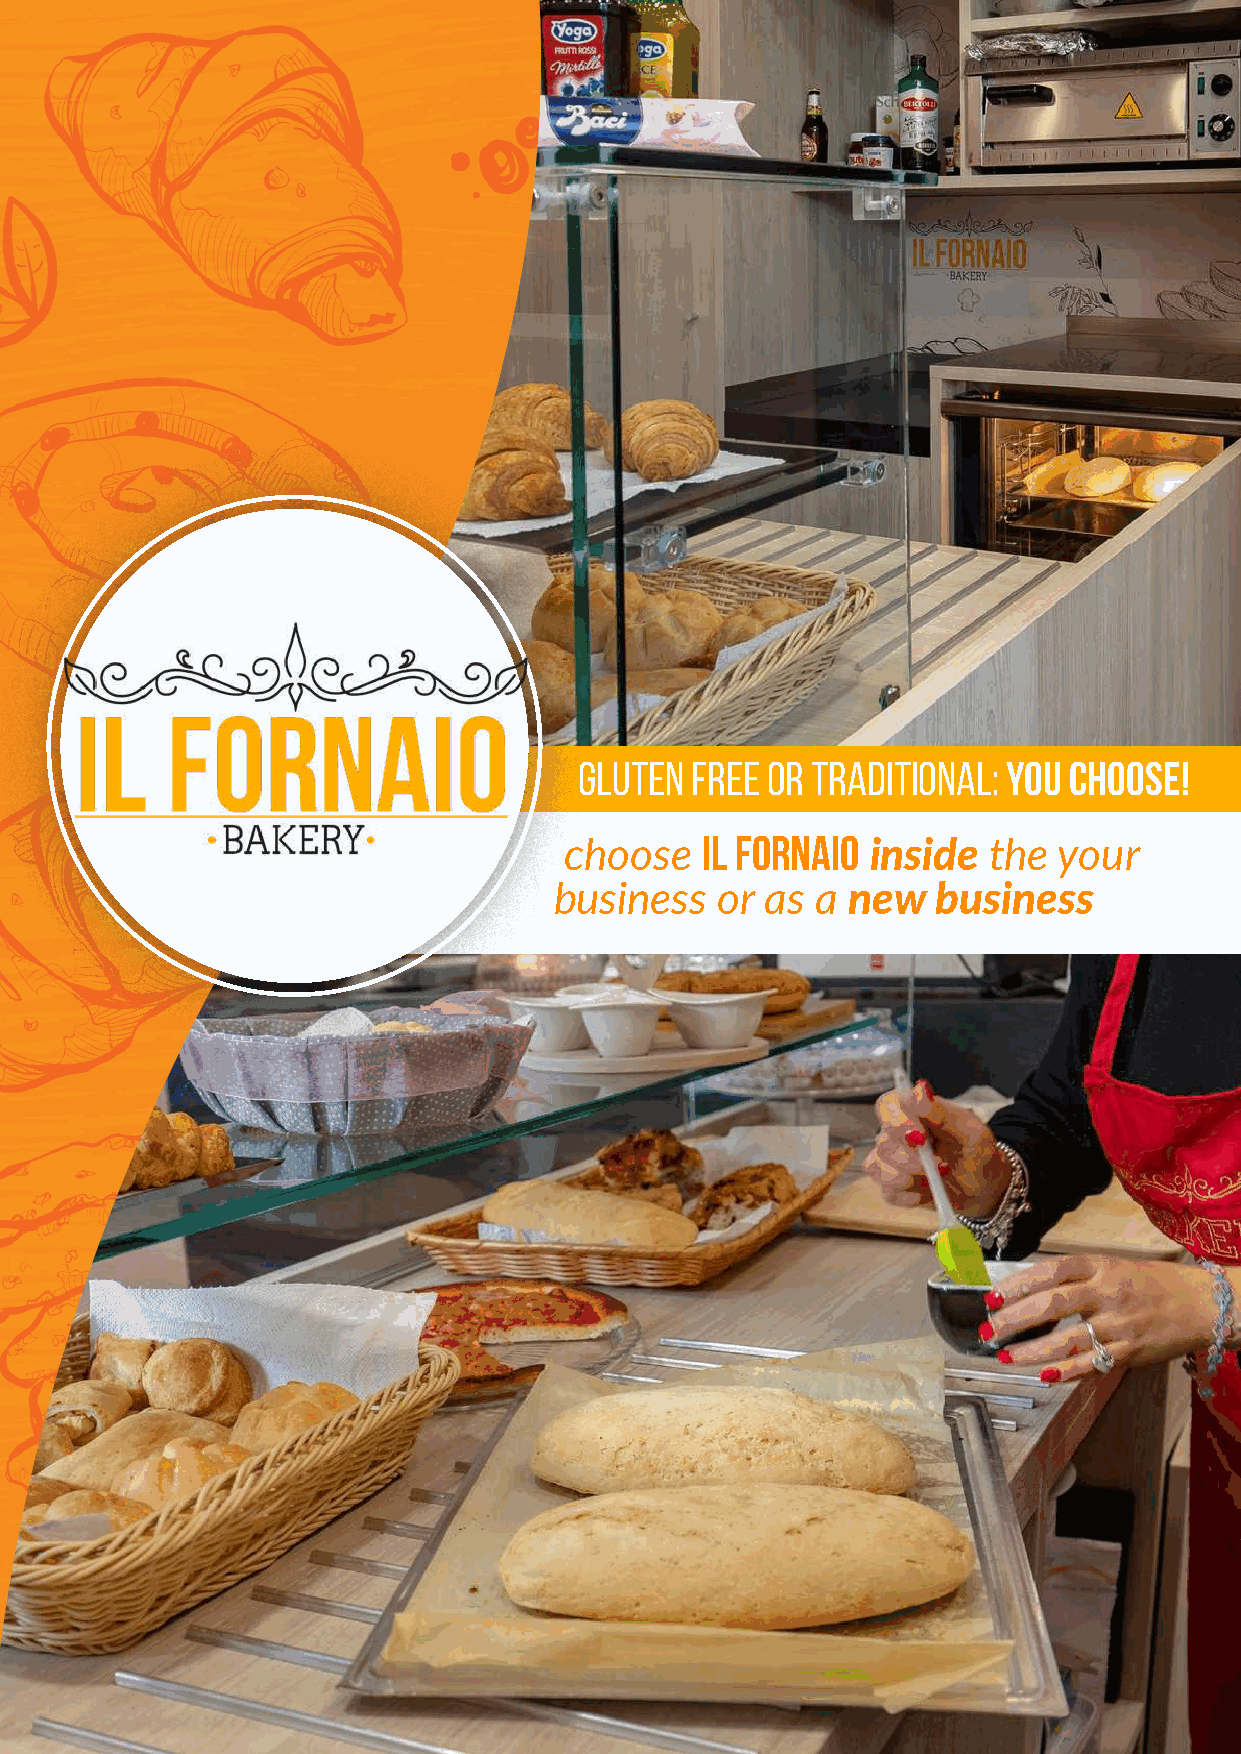
GLUTEN  FREE OR TRADITIONAL: YOU CHOOSE!
 Il fornaio
 choose               inside the  your
 business  or  as a new   business
 1